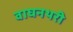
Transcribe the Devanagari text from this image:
वाघनथरी